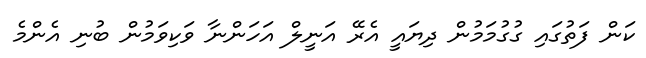
ކަން ފަތުގައި ގުގުމަމުން ދިޔައީ އެރޭ އަނީލް އަހަންނާ ވަކިވަމުން ބުނި އެންމެ